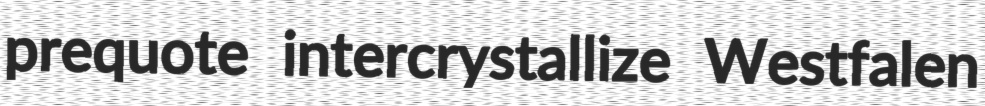
prequote intercrystallize Westfalen